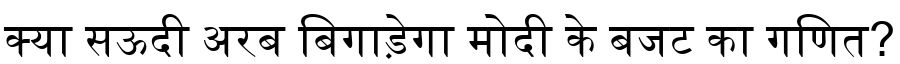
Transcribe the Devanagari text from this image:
क्या सऊदी अरब बिगाड़ेगा मोदी के बजट का गणित?